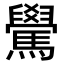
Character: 䮸